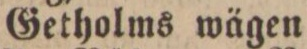
Getholms wägen